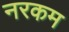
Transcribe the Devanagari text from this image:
नरकम